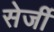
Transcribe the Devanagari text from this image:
सेर्जी